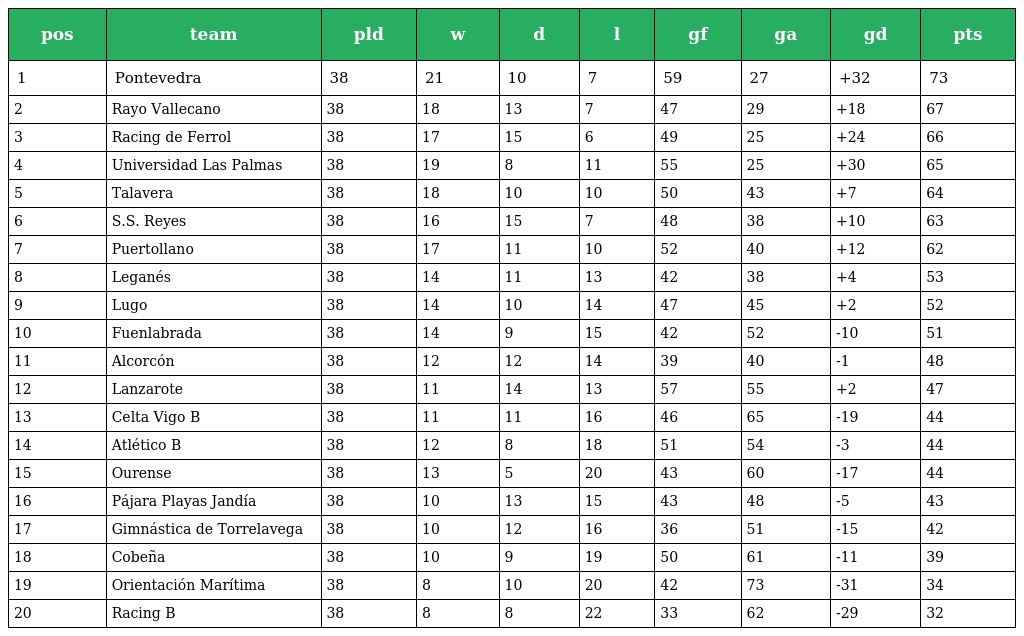
| pos | team | pld | w | d | l | gf | ga | gd | pts |
 | --- | --- | --- | --- | --- | --- | --- | --- | --- | --- |
 | 1 | Pontevedra | 38 | 21 | 10 | 7 | 59 | 27 | +32 | 73 |
 | 2 | Rayo Vallecano | 38 | 18 | 13 | 7 | 47 | 29 | +18 | 67 |
 | 3 | Racing de Ferrol | 38 | 17 | 15 | 6 | 49 | 25 | +24 | 66 |
 | 4 | Universidad Las Palmas | 38 | 19 | 8 | 11 | 55 | 25 | +30 | 65 |
 | 5 | Talavera | 38 | 18 | 10 | 10 | 50 | 43 | +7 | 64 |
 | 6 | S.S. Reyes | 38 | 16 | 15 | 7 | 48 | 38 | +10 | 63 |
 | 7 | Puertollano | 38 | 17 | 11 | 10 | 52 | 40 | +12 | 62 |
 | 8 | Leganés | 38 | 14 | 11 | 13 | 42 | 38 | +4 | 53 |
 | 9 | Lugo | 38 | 14 | 10 | 14 | 47 | 45 | +2 | 52 |
 | 10 | Fuenlabrada | 38 | 14 | 9 | 15 | 42 | 52 | -10 | 51 |
 | 11 | Alcorcón | 38 | 12 | 12 | 14 | 39 | 40 | -1 | 48 |
 | 12 | Lanzarote | 38 | 11 | 14 | 13 | 57 | 55 | +2 | 47 |
 | 13 | Celta Vigo B | 38 | 11 | 11 | 16 | 46 | 65 | -19 | 44 |
 | 14 | Atlético B | 38 | 12 | 8 | 18 | 51 | 54 | -3 | 44 |
 | 15 | Ourense | 38 | 13 | 5 | 20 | 43 | 60 | -17 | 44 |
 | 16 | Pájara Playas Jandía | 38 | 10 | 13 | 15 | 43 | 48 | -5 | 43 |
 | 17 | Gimnástica de Torrelavega | 38 | 10 | 12 | 16 | 36 | 51 | -15 | 42 |
 | 18 | Cobeña | 38 | 10 | 9 | 19 | 50 | 61 | -11 | 39 |
 | 19 | Orientación Marítima | 38 | 8 | 10 | 20 | 42 | 73 | -31 | 34 |
 | 20 | Racing B | 38 | 8 | 8 | 22 | 33 | 62 | -29 | 32 |